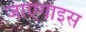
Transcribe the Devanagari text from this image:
जाएगाइस